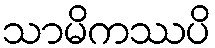
သာမိကဿပိ